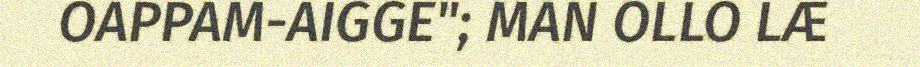
OAPPAM-AIGGE"; MAN OLLO LÆ